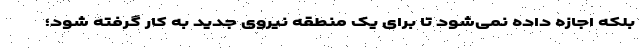
بلکه اجازه داده نمی‌شود تا برای یک منطقه نیروی جدید به کار گرفته شود؛